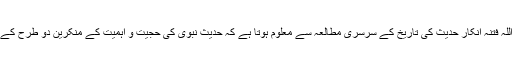
معاذ اللہ فتنہ انکار حدیث کی تاریخ کے سرسری مطالعہ سے معلوم ہوتا ہے کہ حدیث نبوی کی حجیت و اہمیت کے منکرین دو طرح کے ہیں ۔